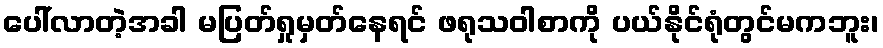
ပေါ်လာတဲ့အခါ မပြတ်ရှုမှတ်နေရင် ဖရုသဝါစာကို ပယ်နိုင်ရုံတွင်မကဘူး၊